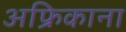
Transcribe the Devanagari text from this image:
अफ्रिकाना